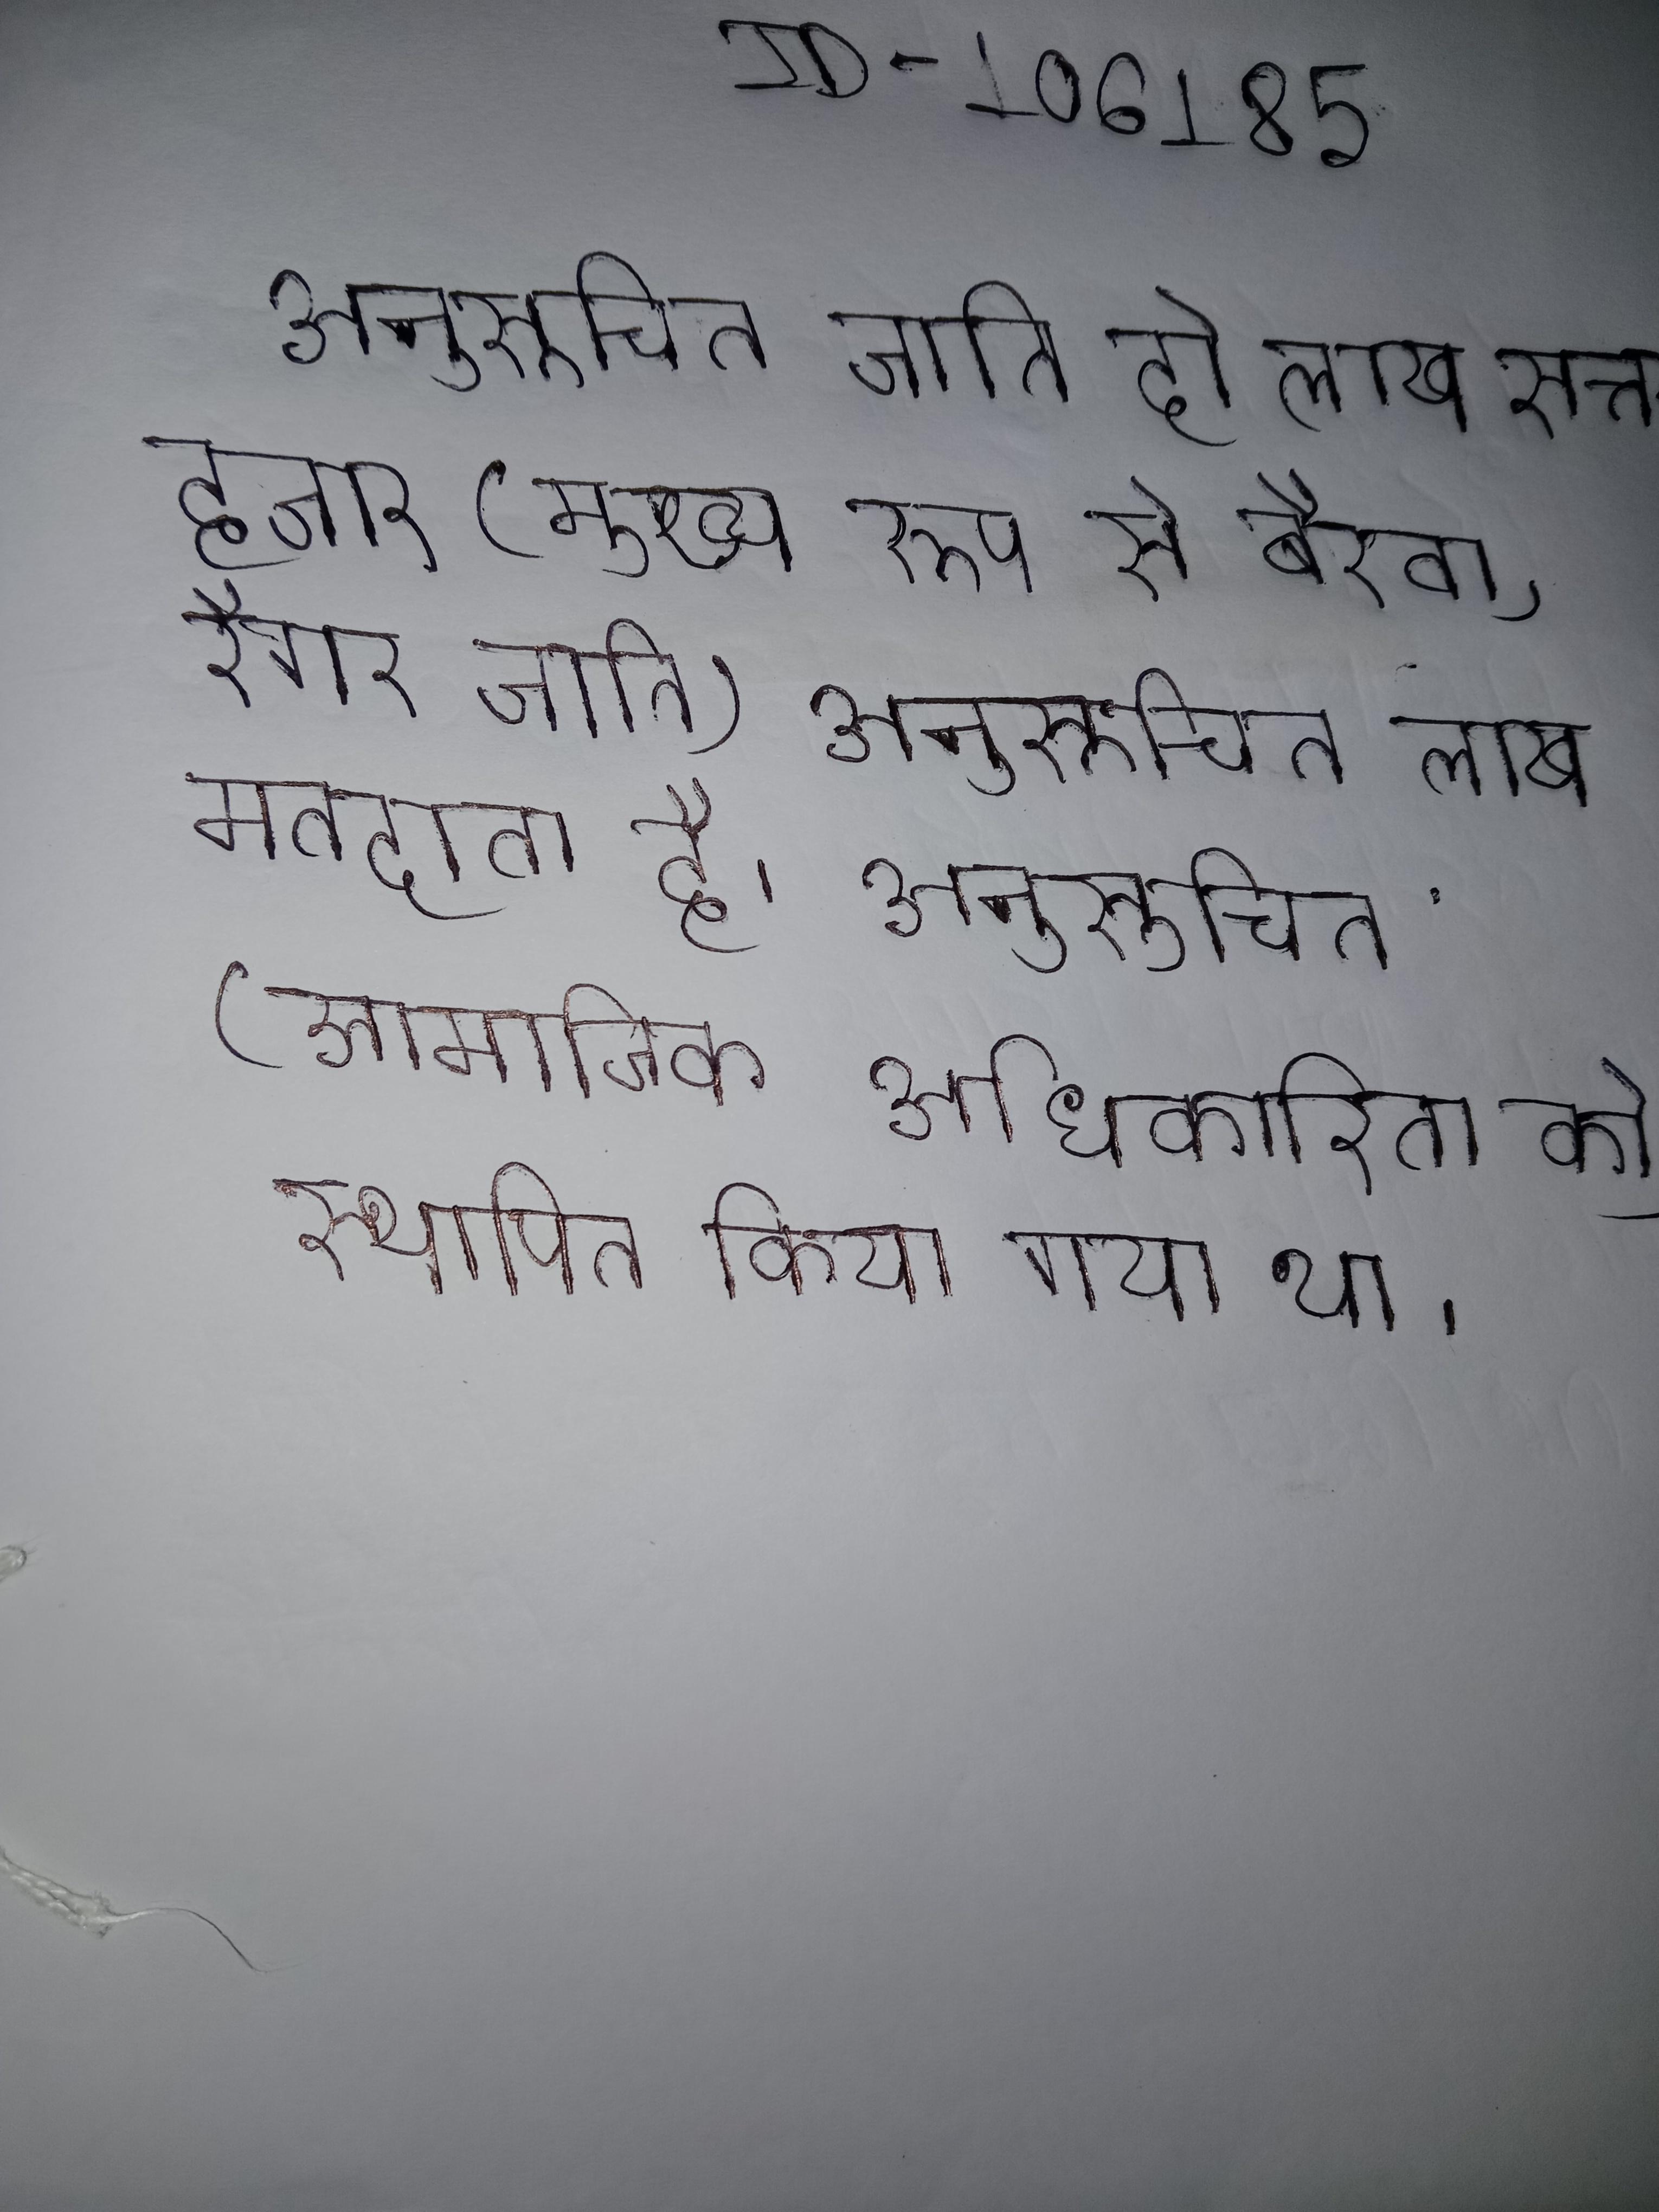
अनुसूचित जाति दो लाख सत्तर हजार (मुख्य रूप से बैरवा, रैगर जाति) अनुसूचित जनजाति(मुख्य रूप से मीणा) के लगभग एक लाख मतदाता है । अनुसूचित अनुसूचित और अन्य से के लिए भाग लेने के लिए (सामाजिक अधिकारिता को) स्थापित किया गया था ।